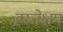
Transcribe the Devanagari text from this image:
हस्तेक्षप